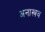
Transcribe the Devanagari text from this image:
अनास्त्रव